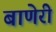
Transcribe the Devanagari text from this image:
बाणेरी